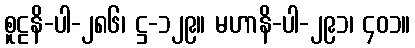
စူဠနိ-ပါ-၂၈၆၊ ဋ္ဌ-၁၂၉။ မဟာနိ-ပါ-၂၉၁၊ ၄၀၁။